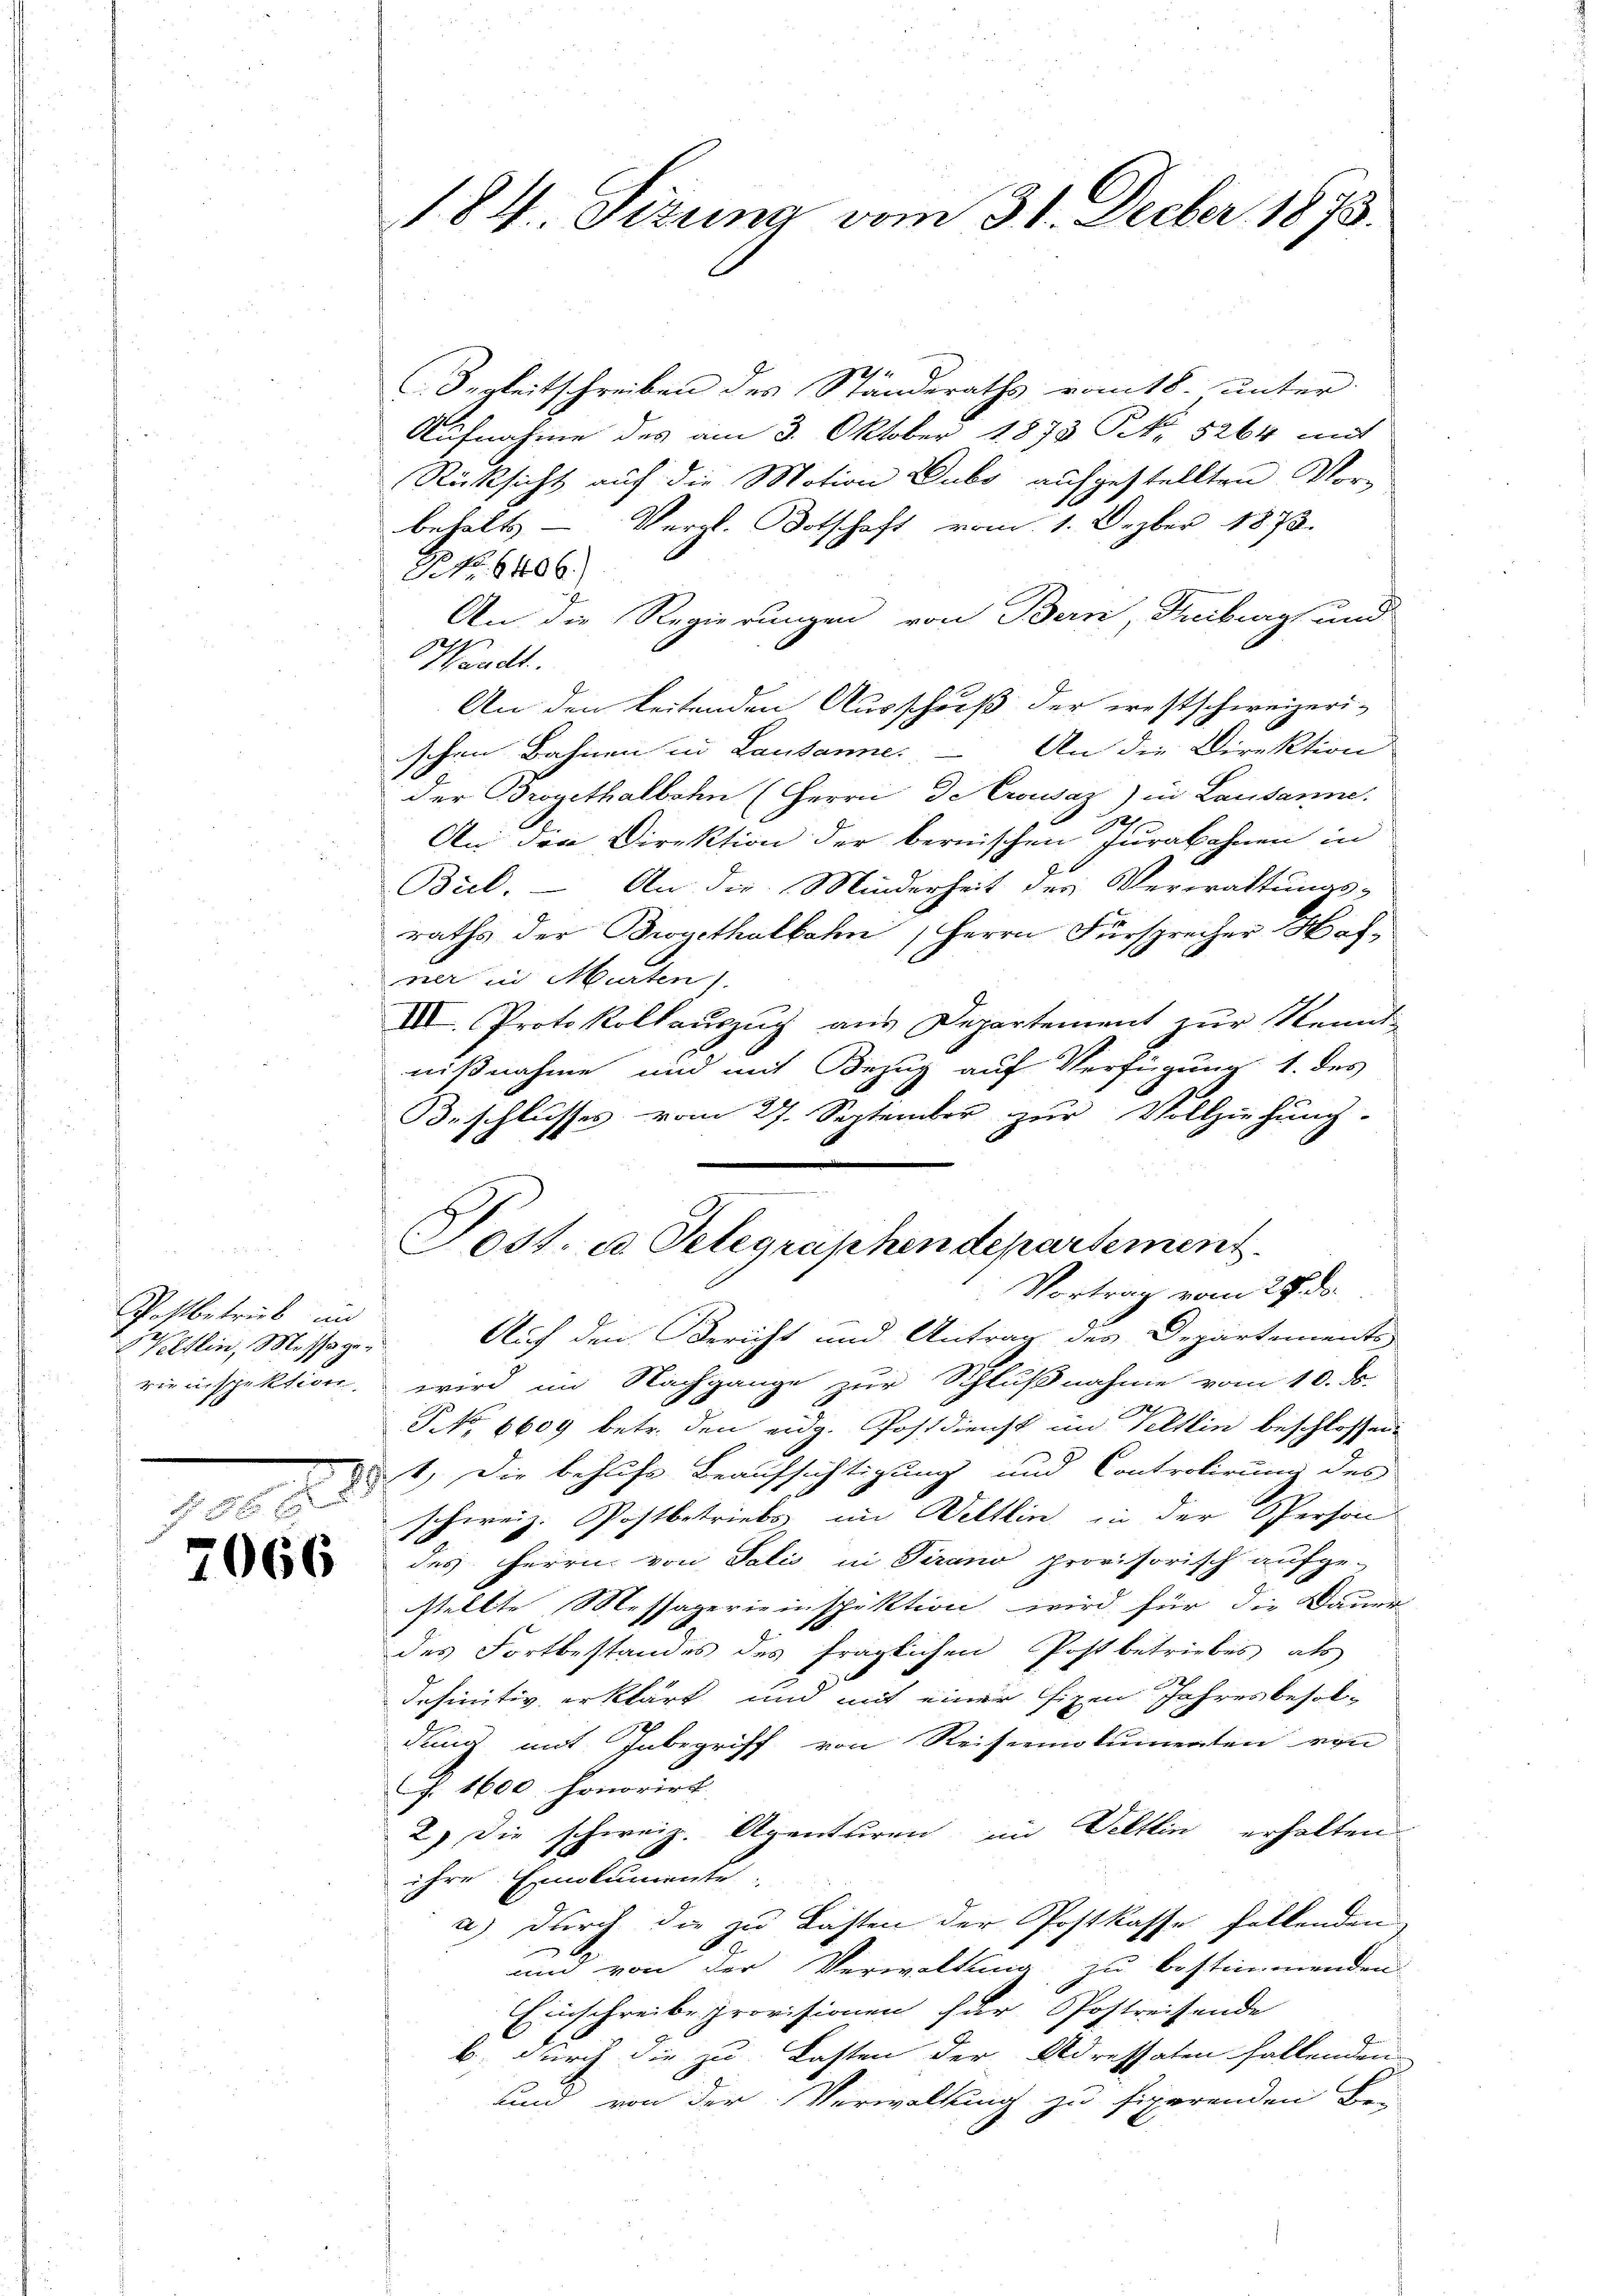
Postbetrieb in
Welsein, Massage
1019

7066

184 Sizung vom 31. Decber 1873.

C. Begleitschreiben des Ständeraths vom 18. unter
Aufnahme des am 3. Oktober 1873 No 5264 mit
Rücksicht auf die Motion Dubs aufgestellten Vor¬
Vergl. Botschaft vom 1. Dezber 1873.
behalts-
P. Nr. 6406.
An die Regierungen von Bern, Treiburg und
Waadt.
An den beitenden Ausschuß der westschweizeri-
schen Bahnen in Lausanne. An die Direktion
der Brogethalbahn (Herrn de Crousaz) in Lausanne.
An den Direktion der bernischen Jurabohnen in
Brel. – An die Minderheit des Verwaltungs-
raths der Bwyethalbahn, Herrn Fürsprecher Hafner in Murten).
III. Protokollauszug aus Departement zur Kennt-
nißnahme und mit Bezug auf Verfügung 1. des
Beschlusses vom 27. September zur Vollziehung.
Vortrag vom 27. ds.
Auf den Bericht und Antrag des Departements
rieinspektion wird im Nachgange zur Schlußnahme vom 10. ds.
7
PNo 6609 betr. den eidg. Postdienst im Veltlin beschlossen
t.) Die behufs Beaufsichtigung und Controlirung des
schweiz. Postbetriebs, im Weltlin in der Person
des Herrn von Talis in Tirano provisorisch aufge-
stellte Messaperieinspektion wird für die Dauer
des Fortbestandes des fraglichen Post betriebes als
definitiv erklärt und mit einer fixen Jahresbesoldung mit Inbegriff von Reiseemolumenten von
f. 1600. Honorirt
2) Die schweiz. Agenturen im Veltlin erhalten
ihre Emolumente.
a) Durch die zu Lasten der Postkasse fallenden
und von der Verwaltung zu bestimmenden
Einschreibe provisionen für Postreisende
b durch die zu Lasten der Adressaten fallenden
und von der Verwaltung zu fixerenden Be-

Toss. c. Telegraphen departement